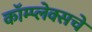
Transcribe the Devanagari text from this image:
कॉम्प्लेक्सचे